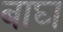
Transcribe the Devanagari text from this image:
बाघ्‍ा